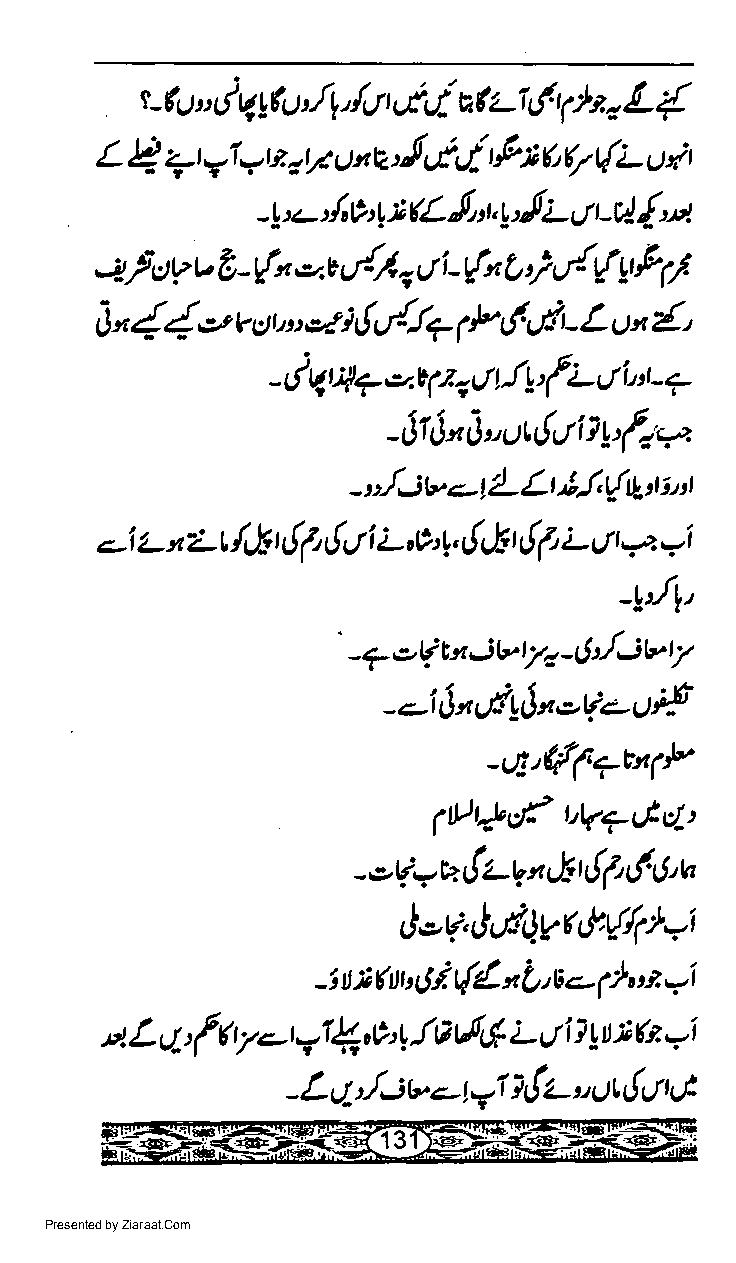
t -( d qgu Jl, 4/ cfiI dLl 6    L {
 u "           t          d?. d
 p
 L    4t r|=n rV rtnc'{,t /'Lir.,Qt{L u'rt
 -1'c Jgl n(L {' :t, y'{L,,tr-il {'nt
 ,z/o?v6-{no,vttt-/,"cti-{rO'}I|{UTUFSS
 1)n { { o' v s,', e },!r ttJ7 /.,f ,.lt- L u n {.,
 ot(
 d q4?      <tttlt' {trt'r"r- 7
 -
 - $t I n i1, uu!,/ i ] 1, f+u
 r/jv.l  !!- LulJ t{g l int
 -
 *
 .-1 z-,,2t /,.ft u! 1 ' { 1t i z-,c't, {,t r { 1' 2 rt, 7i
 -!r lt
 jv
 t'fiv
 - 7 e ( tx  t7 o - t! r7
 -.-iJ*o(LLxov.eu$
 -ui'({17u5}-
 t*,f
 ,V?Ltcl'
 -,> v., u tl z -q n ch u!( ',! o' u,
 !-i
 J - v.' tj,.d!.v t &(/e
 -i u ifiiu 6i t{4 x b'E<4), * 7i
 )'!L q,f(y+t-11,Ol:!   tAi L Ji]1D;h -i
 L J-,./i v.-  I t!z -, ut {,in u:
 -
 1
 =1
 Presented by Ziaraat.Com